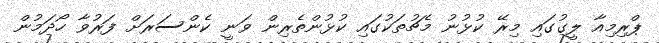
ޕްރިމިއާ ލީގުގައި މިރޭ ކުޅުނު މެޗުތަކުގައި ކުޅުންތެރިން ވަނީ ކެންސަރަށް ފަރުވާ ހޯދަމުން